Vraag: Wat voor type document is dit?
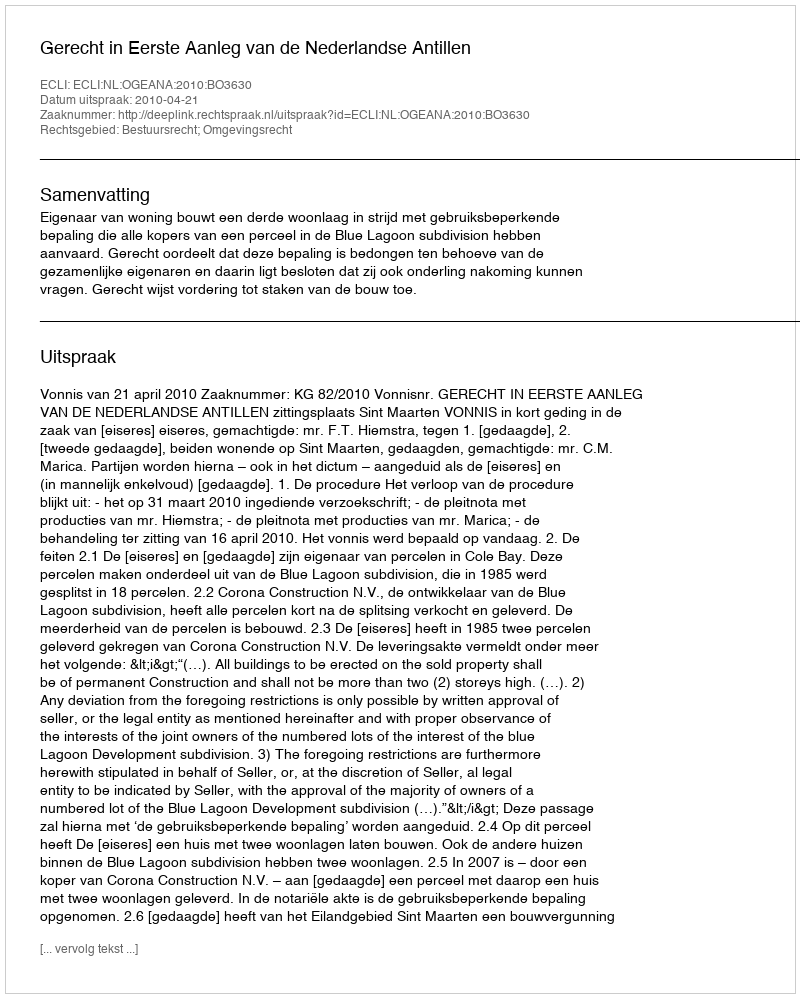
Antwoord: Uitspraak